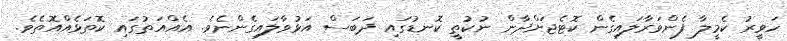
ހަވީރު ކެމީލާ ފެންވަރާލައިގެން ކޮޓެޖަށްދާން ނުކުތީ ކޮނޑުގައި ދަބަސް އަޅުވާލައިގެންނެވެ. އެއްއަތުގައި ކޮތަޅެއްއޮތެވެ.